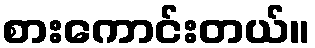
စားကောင်းတယ်။